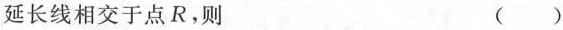
延长线相交于点R，则（）